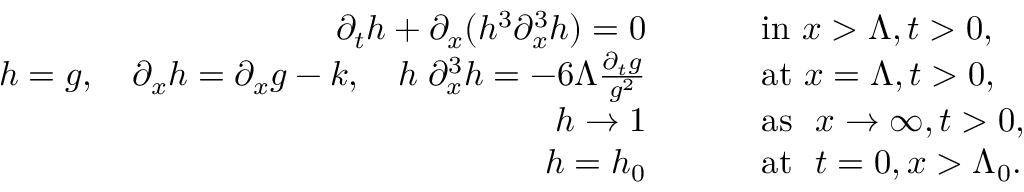
\begin{array} { r l } { \partial _ { t } h + \partial _ { x } ( h ^ { 3 } \partial _ { x } ^ { 3 } h ) = 0 \qquad } & { \mathrm { ~ i n ~ } x > \Lambda , t > 0 , } \\ { h = g , \quad \partial _ { x } h = \partial _ { x } g - k , \quad h \; \partial _ { x } ^ { 3 } h = - 6 \Lambda \frac { \partial _ { t } g } { g ^ { 2 } } \qquad } & { \mathrm { ~ a t ~ } x = \Lambda , t > 0 , } \\ { h \to 1 \qquad } & { \mathrm { ~ a s ~ } \ x \to \infty , t > 0 , } \\ { h = h _ { 0 } \qquad } & { \mathrm { ~ a t ~ } \ t = 0 , x > \Lambda _ { 0 } . } \end{array}